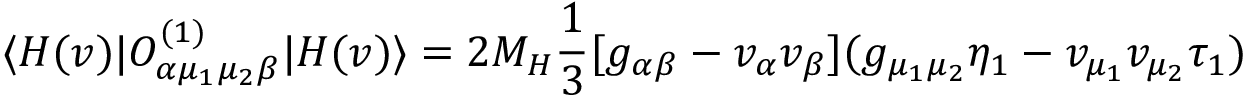
\langle H ( v ) | { \cal O } _ { \alpha \mu _ { 1 } \mu _ { 2 } \beta } ^ { ( 1 ) } | H ( v ) \rangle = 2 M _ { H } \frac { 1 } { 3 } [ g _ { \alpha \beta } - v _ { \alpha } v _ { \beta } ] ( g _ { \mu _ { 1 } \mu _ { 2 } } \eta _ { 1 } - v _ { \mu _ { 1 } } v _ { \mu _ { 2 } } \tau _ { 1 } )